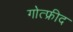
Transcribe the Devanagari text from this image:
गोत्फ्रीद